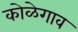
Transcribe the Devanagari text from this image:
कोळेगाव